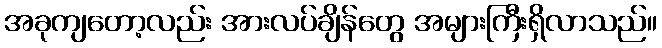
အခုကျတော့လည်း အားလပ်ချိန်တွေ အများကြီးရှိလာသည်။